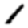
Digit: 1